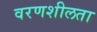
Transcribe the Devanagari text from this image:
वरणशीलता